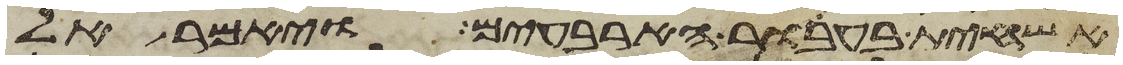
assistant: אשחית בעבור הארבעים ויאמר אל